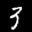
Label: 3